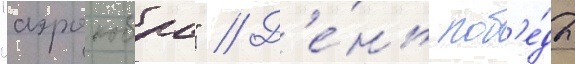
"аэрокобра" // Д'е́нь поб'е́ды